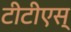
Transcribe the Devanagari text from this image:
टीटीएस्